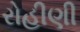
રોહીણી